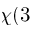
\chi ( 3